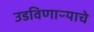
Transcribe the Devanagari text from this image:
उडविणाऱ्याचे